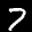
Label: 7